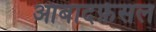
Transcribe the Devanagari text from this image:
आबादफ़ेसल